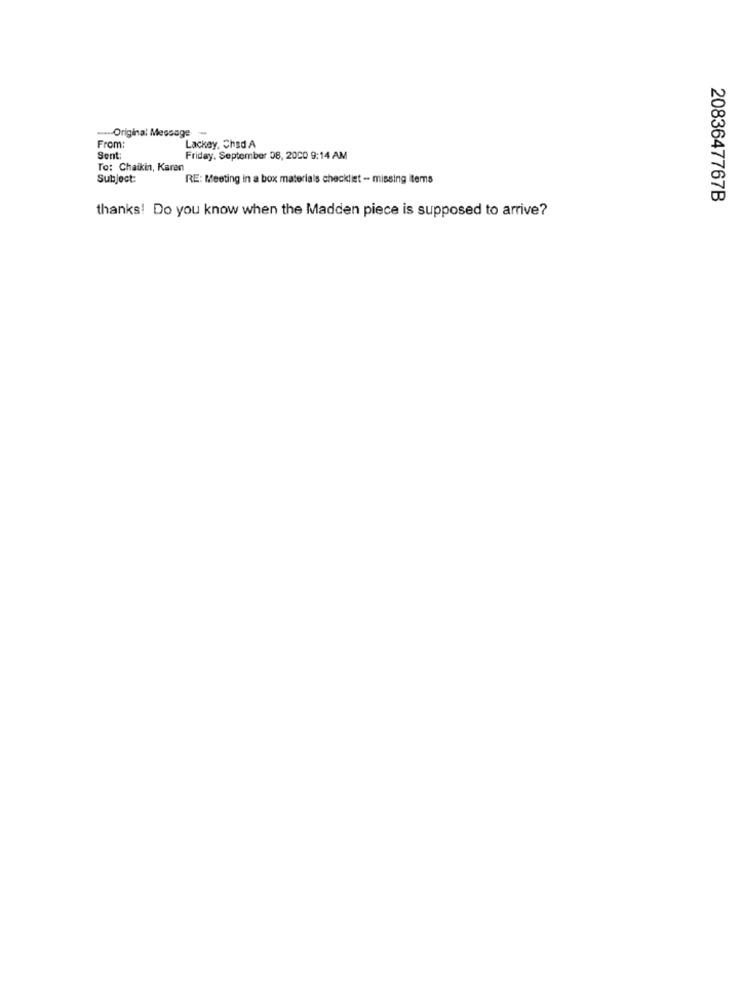
.- Original Message -
From:
Lackey, Chad A
Sent:
Friday, September 08, 2000 9:14 AM
To: Chaikin, Karen
Subject:
RE: Meeting in a box materials checklist - missing items
2083647767B
thanks! Do you know when the Madden piece is supposed to arrive?